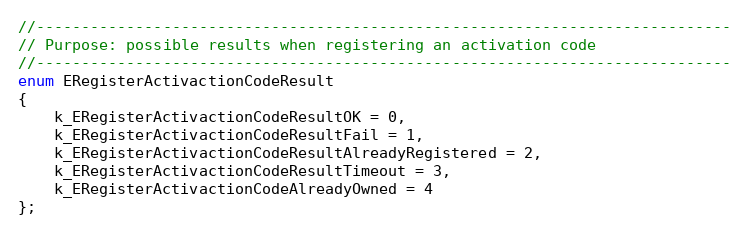
Language: C
//-----------------------------------------------------------------------------
// Purpose: possible results when registering an activation code
//-----------------------------------------------------------------------------
enum ERegisterActivactionCodeResult
{
	k_ERegisterActivactionCodeResultOK = 0,
	k_ERegisterActivactionCodeResultFail = 1,
	k_ERegisterActivactionCodeResultAlreadyRegistered = 2,
	k_ERegisterActivactionCodeResultTimeout = 3,
	k_ERegisterActivactionCodeAlreadyOwned = 4
};